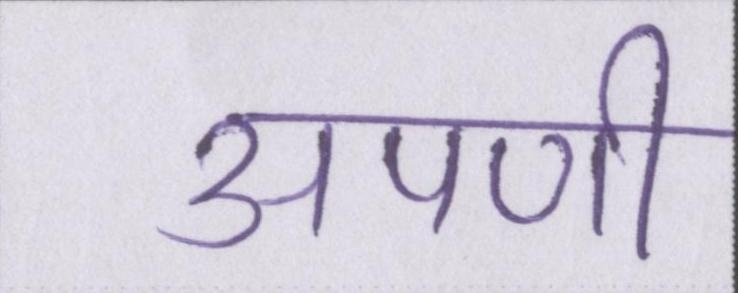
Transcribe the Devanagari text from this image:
अपणी